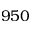
9 5 0